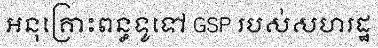
អនុគ្រោះពន្ធទូទៅ GSP របស់សហរដ្ឋ